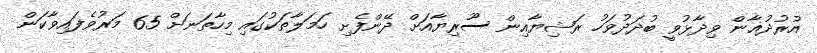
އުރުދުޣާން ވިދާޅުވީ ބުދަދުވަހު ރަޝިޔާއިން ސޫރިޔާއަށް ދޭންފެށި ހަމަލާތަކުގައި މިހާތަނަށް 65 މަރުވެފައިވާކަން